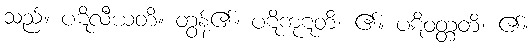
သည်။ ပဋိလီယတိ။ တွန့်၏။ ပဋိကုဋတိ၊ ၏။ ပဋိဝတ္တတိ၊ ၏။